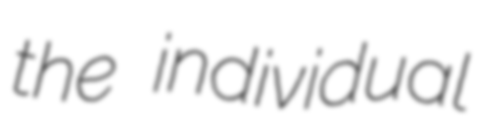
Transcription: the individual